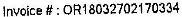
INVOICE #:OR18032702170334